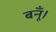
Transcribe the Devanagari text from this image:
बनूँ।